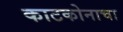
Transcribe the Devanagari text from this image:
काटकोनाचा